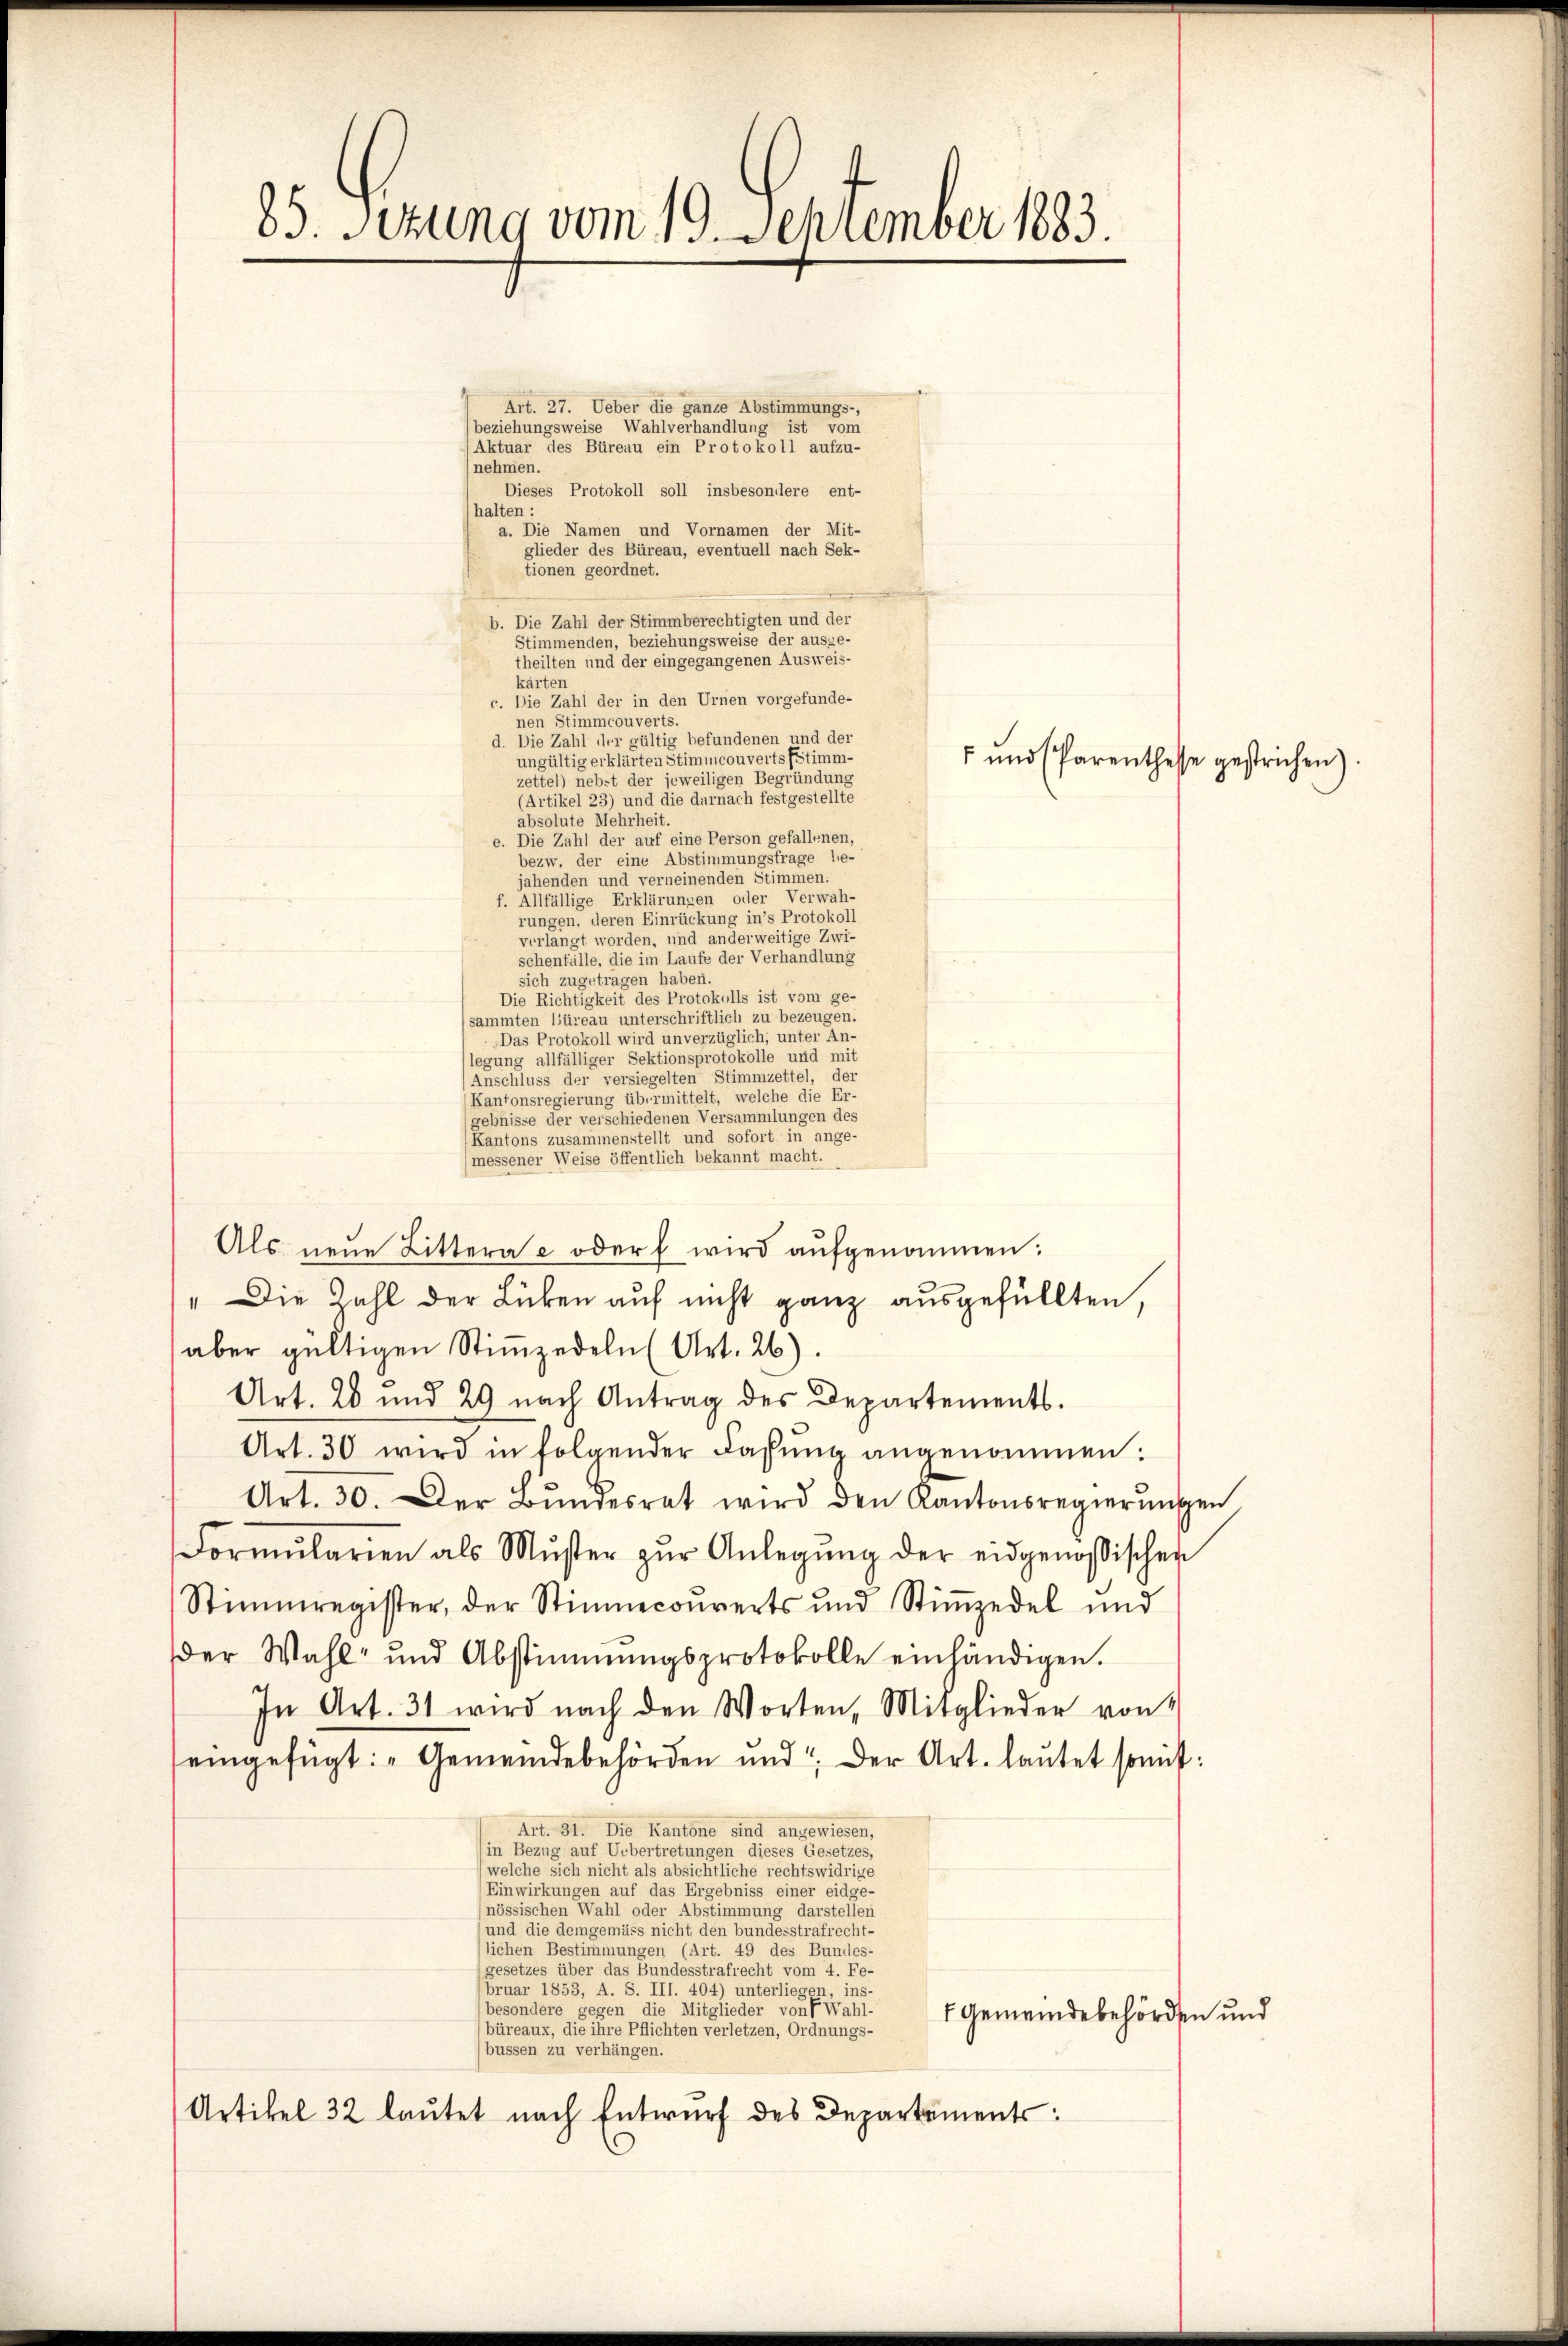
Art. 27. Ueber die ganze Abstimmungs-,
beziehungsweise Wahlverhandlung ist vom
(Aktuar des Büreau ein Protokoll aufzu-
nehmen.
Dieses Protokoll soll insbesondere ent-
(halten:
a. Die Namen und Vornamen der Mit-
glieder des Büreau, eventuell nach Sek-
tionen geordnet.
Stimmenden, beziehungsweise der ausge-
theilten und der eingegangenen Ausweis-
karten
c. Die Zahl der in den Urnen vorgefunde-
nen Stimmcouverts.
d. Die Zahl der gültig befundenen und der
ungültig erklärten Stimmcouverts Estimm-
zettel) nebst der jeweiligen Begründung
(Artikel 23) und die darnach festgestellte
absolute Mehrheit.
e. Die Zahl der auf eine Person gefallenen,
jahenden und verneinenden Stimmen.
f. Allfällige Erklärungen oder Verwah-
rungen, deren Einrückung in’s Protokoll
verlangt worden, und anderweitige Zwi-
schenfälle, die im Laufe der Verhandlung
sich zugetragen haben.
Die Richtigkeit des Protokolls ist vom ge-
sammten l’üreau unterschriftlich zu bezeugen.
Das Protokoll wird unverzüglich, unter An-
legung allfälliger Sektionsprotokolle und mit
Anschluss der versiegelten Stimmzettel, der
Kantonsregierung übermittelt, welche die Er-
gebnisse der verschiedenen Versammlungen des
Kantons zusammenstellt und sofort in ange-
messener Weise öffentlich bekannt macht.
Als neŭe Littera e oder wird aŭfgenommen:
" Die Zahl der Lücken auf nicht ganz ausgefüllten,
aber gültigen Stiṁendeln (Art. 26)
Art. 20 und 29 nach Antrag des Departements.
Art. 30 wird in folgender Fassung angenommen:
Art. 30. Der Bundesrat wird den Kantonsregierungen
Formŭlarien als Mŭster zŭr Anlegŭng der eidgenössischen
Stimmregister, der Stimmecoŭverts und Stimmzedel und
Der Wahl- und Abstimmungsprotokolle einhändigen.
In Art. 31 wird nach den Worten, Mitglieder von
eingefügt: „Gemeindebehörden und der Art. laŭtet somit:
Art. 31. Die Kantone sind angewiesen,
in Bezug auf Uebertretungen dieses Gesetzes,
(welche sich nicht als absichtliche rechtswidrige
Einwirkungen auf das Ergebniss einer eidge-
nössischen Wahl oder Abstimmung darstellen
und die demgemäss nicht den bundesstrafrecht-
(lichen Bestimmungen (Art. 49 des Bundes-
gesetzes über das Bundesstrafrecht vom 4. Fe¬
(bruar 1853, A. S. III. 404) unterliegen, ins-
besondere gegen die Mitglieder von Wahl-
7 Gemeindebehörden und
(büreaux, die ihre Pflichten verletzen, Ordnungs-
bussen zu verhängen.
Artikel 32 lautet nach Entwurf des Departements

85. Sizung vom 19. September 1883.

b. Die Zahl der Stimmberechtigten und der

bezw. der eine Abstimmungsfrage lie-

und (Parenthesse gestrichen).